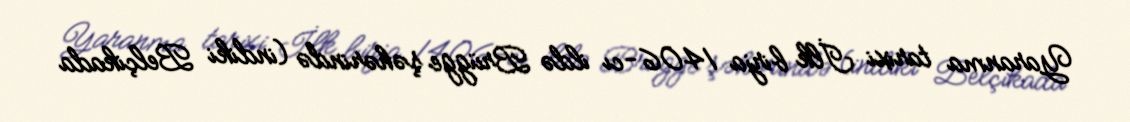
Yaranma tarixi İlk birja 1406-cı ildə Brügge şəhərində (indiki Belçikada